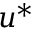
u ^ { * }